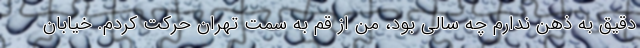
دقیق به ذهن ندارم چه سالی بود، من از قم به سمت تهران حرکت کردم. خیابان